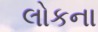
લોકના